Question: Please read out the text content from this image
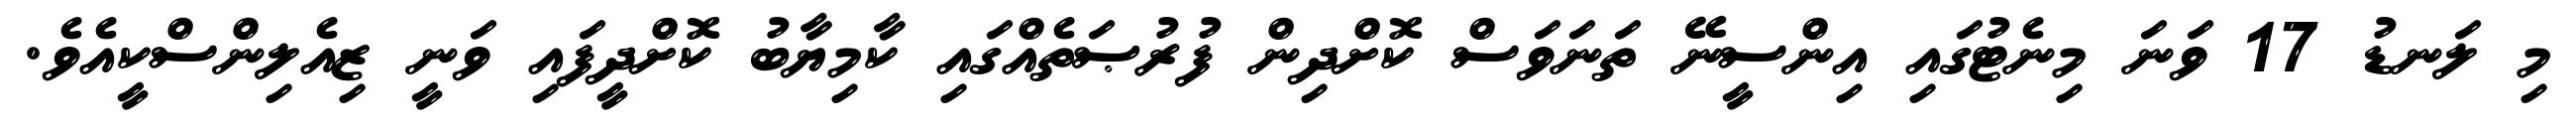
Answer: މި ލަނޑު 17 ވަނަ މިނެޓުގައި އިންސީނޭ ތަނަވަސް ކޮށްދިން ފުރުޞަތެއްގައި ކާމިޔާބު ކޮށްދީފައި ވަނީ ޒިއެލިންސްކީއެވެ.